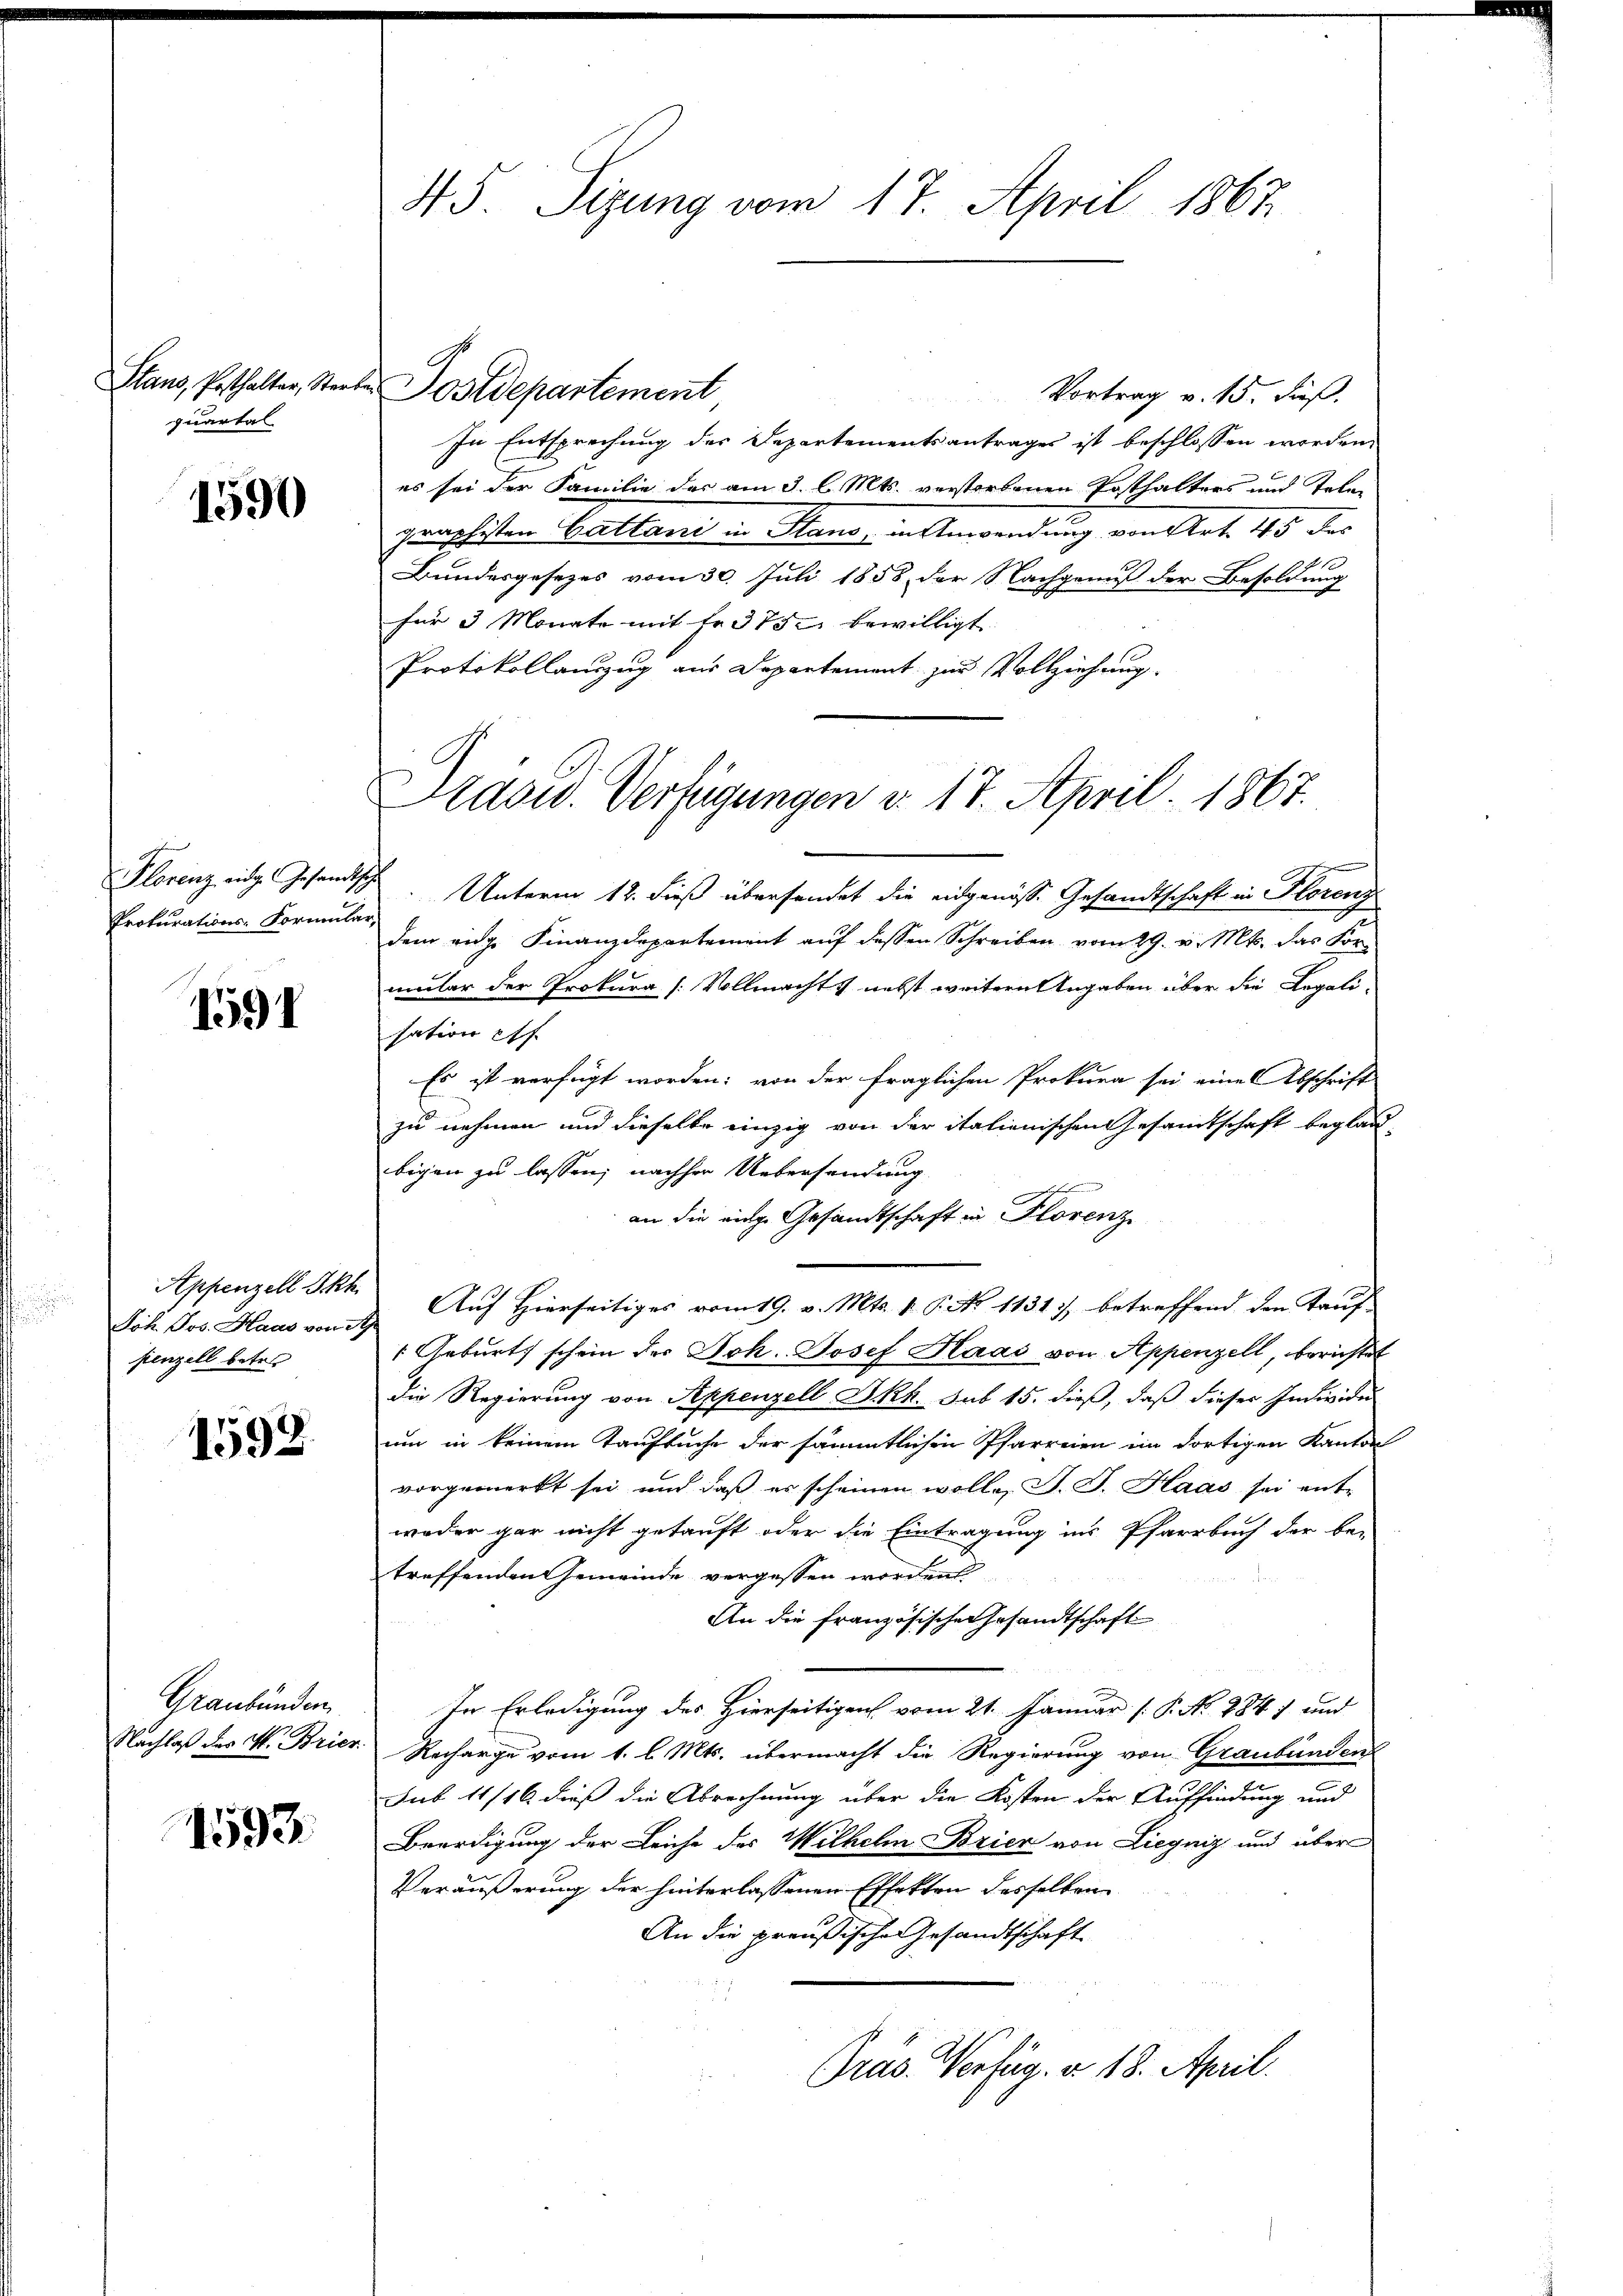
quartal

1590

Florenz eidg. Gesandtsch
Prokurations-Formula-

1591

Appenzell Ikh.
Joh. Jos. Haas von 3.
fenzell betre

1592

Graubünden
Nachlaß des W. Brier

1593.

45. Sizung vom 17. April 1863.

Vortrag v. 15. Fuß.
In Entsprechung der Departementsantrages ist beschlossen worden,
es sei der Familie des am 3. l. Mts. verstorbenen Posthalters und Telegraphisten Gattani in Stano in Anwendung von Art. 45 das
Bundesgesezes vom 30. Juli 1858 der Nachgenuß der Besoldung
für 3 Monate mit fr. 375 bewilligt.
Protokollanzug aus Departement zur Vollziehung

Stans, Pesthalter, Sterbe Postdepartement

Kasw. Verfügungen v. 17. April 1867.
Unterm 12. dieß übersendet die eidgenösse Gesandtschaft in Florenz

dem eige Finanzdepartement auf dessen Schreiben vom 29. v. Mts. das Formular der Prokura [Vollmacht nebst weitern Angaben über die Regali-
sation eff
Es ist verfügt worden; von der fraglichen Prokura sei eine Abschrift
zu nehmen und dieselbe einzig von der italienischen Gesamtschaft beglaubigen zu lassen; nachher Uebersendung
an die einge Gesandtschaft in Florenz
Auf Hierseitiges vom 19. v. Mts. 1. P. No 1131), betreffend den Tauf-
 Geburts schein der Joh. Josef Haas von Appenzell, berichtet
die Regierung von Seppenzell I.Rh. sub 15. dieß, daß dieser Individu
um in keinem Taufbuche der sämmtlichen Pfarreien im dortigen Kanton
vorgemerkt sei, und daß er scheinen wolle, J. J. Haas sei ent-
weder gar nicht getauft oder die Eintragung ins Pfarrbuch der be-
treffenden Gemeinde vergessen worden
An die Französischen Gesandtschaft
In Erledigung des Hierseitigen vom 21. Januar [P. No. 2841 und
Recharge vom 1. l. Mts. übermacht die Regierung von Graubünden
Sub 11/16 dieß die Abrechnung über die Kosten der Auffindung und
Beerdigung der Leiche des Wilhelm Brier von Liegniz und über
Veräußerung der hinterlassenen Effekten desselben
An die preußische Gesandtschaft
Pras Verfüg à 18. April.